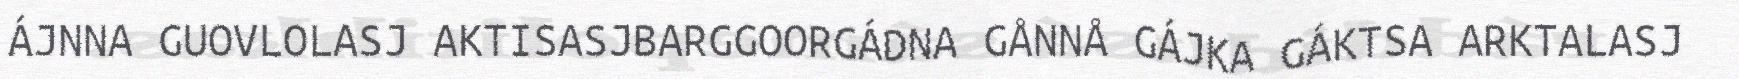
ÁJNNA GUOVLOLASJ AKTISASJBARGGOORGÁDNA GÅNNÅ GÁJKA GÁKTSA ARKTALASJ